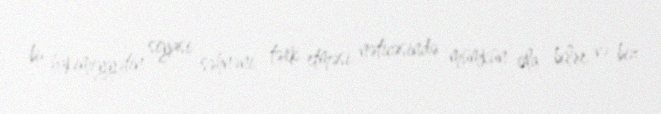
bu hakimiyyətin siyasi səhnəni tərk etməsi nəticəsində mümkün ola bilər və biz